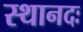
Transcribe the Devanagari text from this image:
स्थानदः